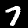
Label: 7